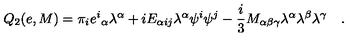
Q _ { 2 } ( e , M ) = \pi _ { i } { e ^ { i } } _ { \alpha } \lambda ^ { \alpha } + i E _ { \alpha i j } \lambda ^ { \alpha } \psi ^ { i } \psi ^ { j } - \frac { i } { 3 } M _ { \alpha \beta \gamma } \lambda ^ { \alpha } \lambda ^ { \beta } \lambda ^ { \gamma } \quad .